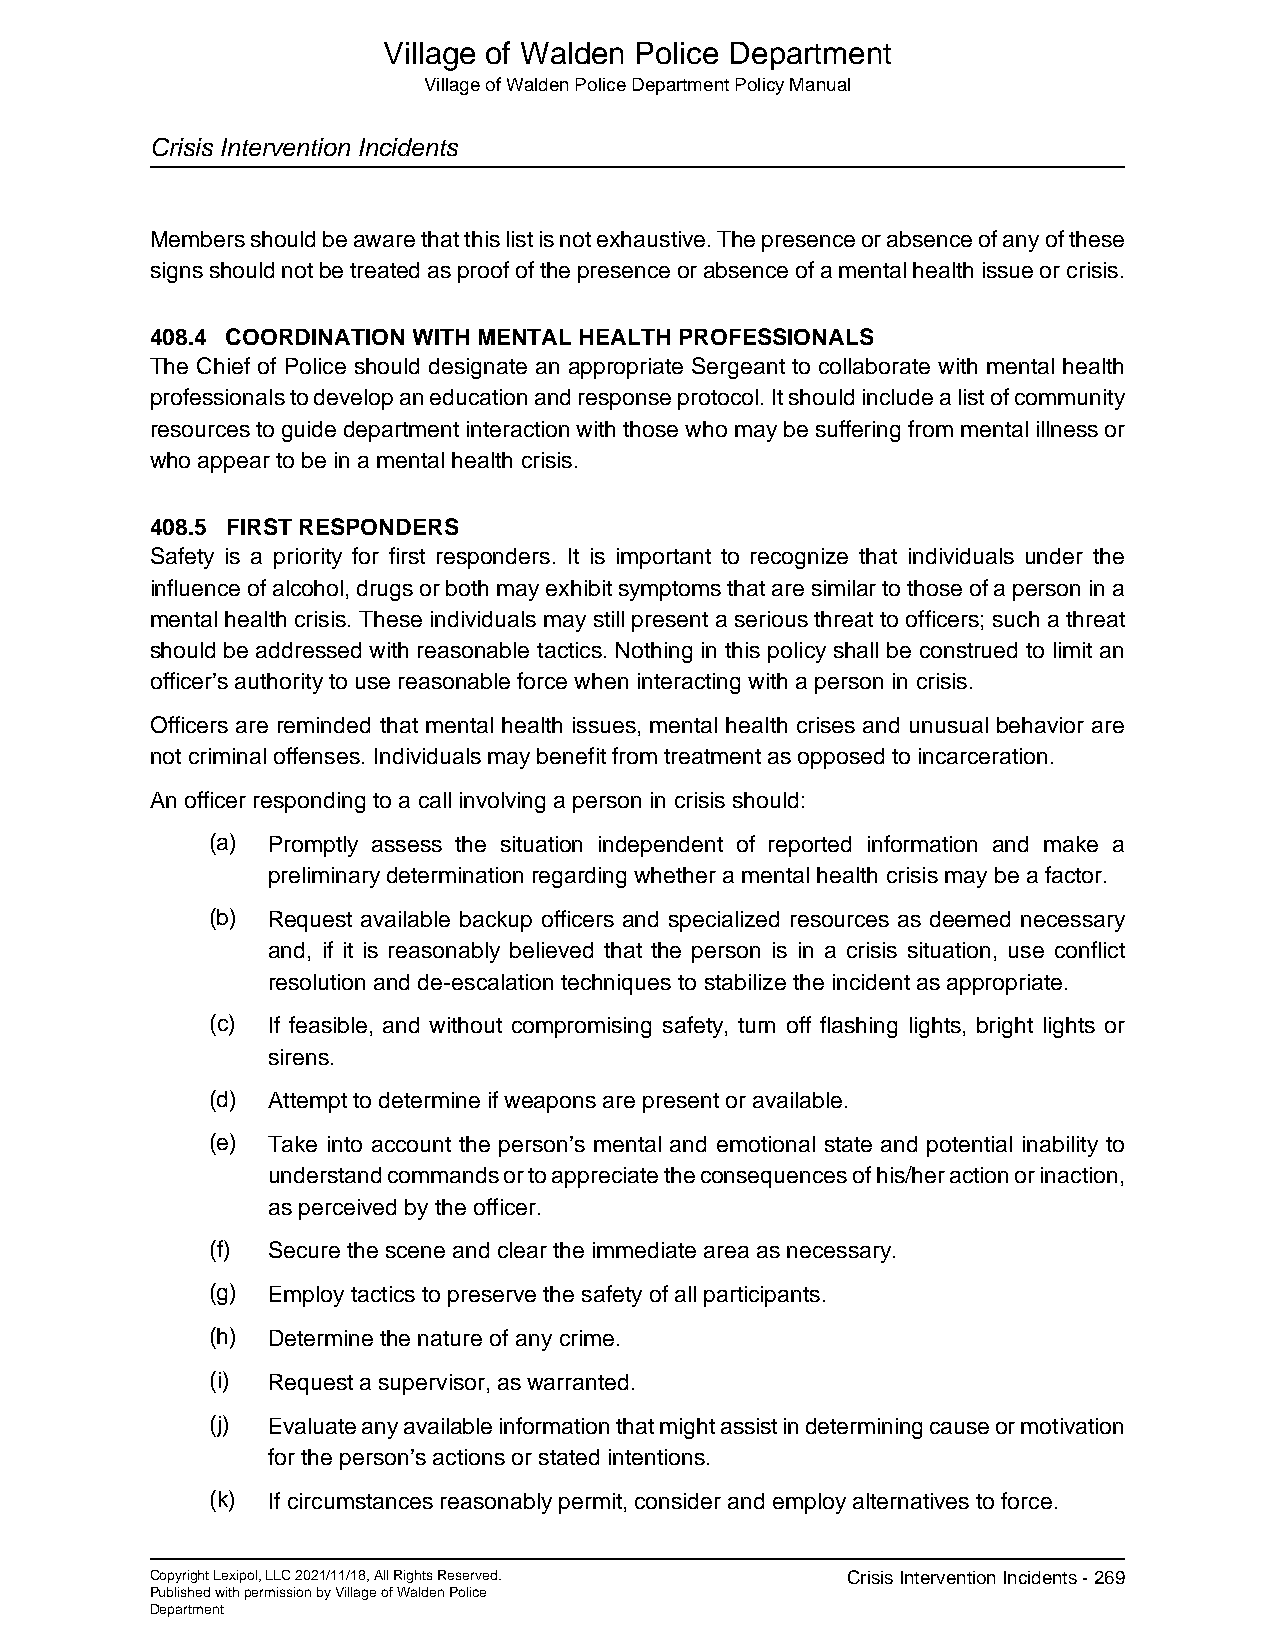
Village of Walden Police Department
 Village of Walden Police Department Policy Manual
 Crisis Intervention Incidents
 Members should be aware that this list is not exhaustive. The presence or absence of any of these
 signs should not be treated as proof of the presence or absence of a mental health issue or crisis.
 408.4 COORDINATION WITH MENTAL HEALTH PROFESSIONALS
 The Chief of Police should designate an appropriate Sergeant to collaborate with mental health
 professionals to develop an education and response protocol. It should include a list of community
 resources to guide department interaction with those who may be suffering from mental illness or
 who appear to be in a mental health crisis.
 408.5 FIRST RESPONDERS
 Safety is a priority for first responders. It is important to recognize that individuals under the
 influence of alcohol, drugs or both may exhibit symptoms that are similar to those of a person in a
 mental health crisis. These individuals may still present a serious threat to officers; such a threat
 should be addressed with reasonable tactics. Nothing in this policy shall be construed to limit an
 officer’s authority to use reasonable force when interacting with a person in crisis.
 Officers are reminded that mental health issues, mental health crises and unusual behavior are
 not criminal offenses. Individuals may benefit from treatment as opposed to incarceration.
 An officer responding to a call involving a person in crisis should:
 (a) Promptly assess the situation independent of reported information and make a
 preliminary determination regarding whether a mental health crisis may be a factor.
 (b) Request available backup officers and specialized resources as deemed necessary
 and, if it is reasonably believed that the person is in a crisis situation, use conflict
 resolution and de-escalation techniques to stabilize the incident as appropriate.
 (c) If feasible, and without compromising safety, turn off flashing lights, bright lights or
 sirens.
 (d) Attempt to determine if weapons are present or available.
 (e) Take into account the person’s mental and emotional state and potential inability to
 understand commands or to appreciate the consequences of his/her action or inaction,
 as perceived by the officer.
 (f) Secure the scene and clear the immediate area as necessary.
 (g) Employ tactics to preserve the safety of all participants.
 (h) Determine the nature of any crime.
 (i) Request a supervisor, as warranted.
 (j) Evaluate any available information that might assist in determining cause or motivation
 for the person’s actions or stated intentions.
 (k) If circumstances reasonably permit, consider and employ alternatives to force.
 Copyright Lexipol, LLC 2021/11/18, All Rights Reserved. Crisis Intervention Incidents - 269
 Published with permission by Village of Walden Police
 Department